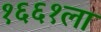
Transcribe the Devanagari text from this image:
१६६१ला